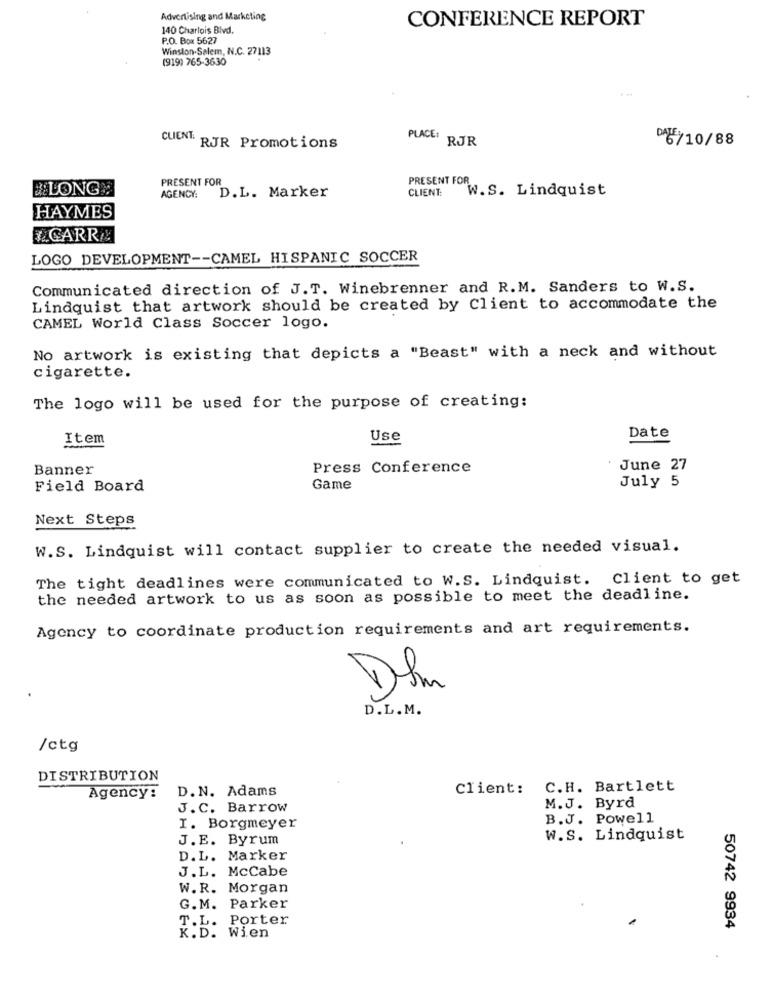
Advertising and Marketing
CONFERENCE REPORT
140 Charlois Blvd.
P.O. Box 5627
Winston-Salem, N.C. 27113
(919) 765-3630
CLIENT.
"RJR Promotions
PLACE: RJR
5/10/88
PRESENT FOR
PRESENT FOR
LONG
CLIENT:
W.S. Lindquist
AGENCY:
D.L. Marker
HAYMES
.CARRA
LOGO DEVELOPMENT -- CAMEL HISPANIC SOCCER
Communicated direction of J.T. Winebrenner and R.M. Sanders to W.S.
Lindquist that artwork should be created by Client to accommodate the
CAMEL World Class Soccer logo.
No artwork is existing that depicts a "Beast" with a neck and without
cigarette.
The logo will be used for the purpose of creating:
Item
Use
Date
Banner
Press Conference
June 27
July 5
Field Board
Game
Next Steps
W.S. Lindquist will contact supplier to create the needed visual.
The tight deadlines were communicated to W.S. Lindquist. Client to get
the needed artwork to us as soon as possible to meet the deadline.
Agency to coordinate production requirements and art requirements.
Dhr
D.L.M.
/ctg
DISTRIBUTION
D.N. Adams
Client: C.H. Bartlett
Agency:
J.C. Barrow
M.J. Byrd
B.J. Powell
I. Borgmeyer
J.E. Byrum
W.S. Lindquist
D.L. Marker
J.L. Mccabe
W. R. Morgan
G.M. Parker
T.L. Porter
50742 9934
K.D. Wien